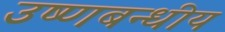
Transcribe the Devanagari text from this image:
उष्णबन्धीय